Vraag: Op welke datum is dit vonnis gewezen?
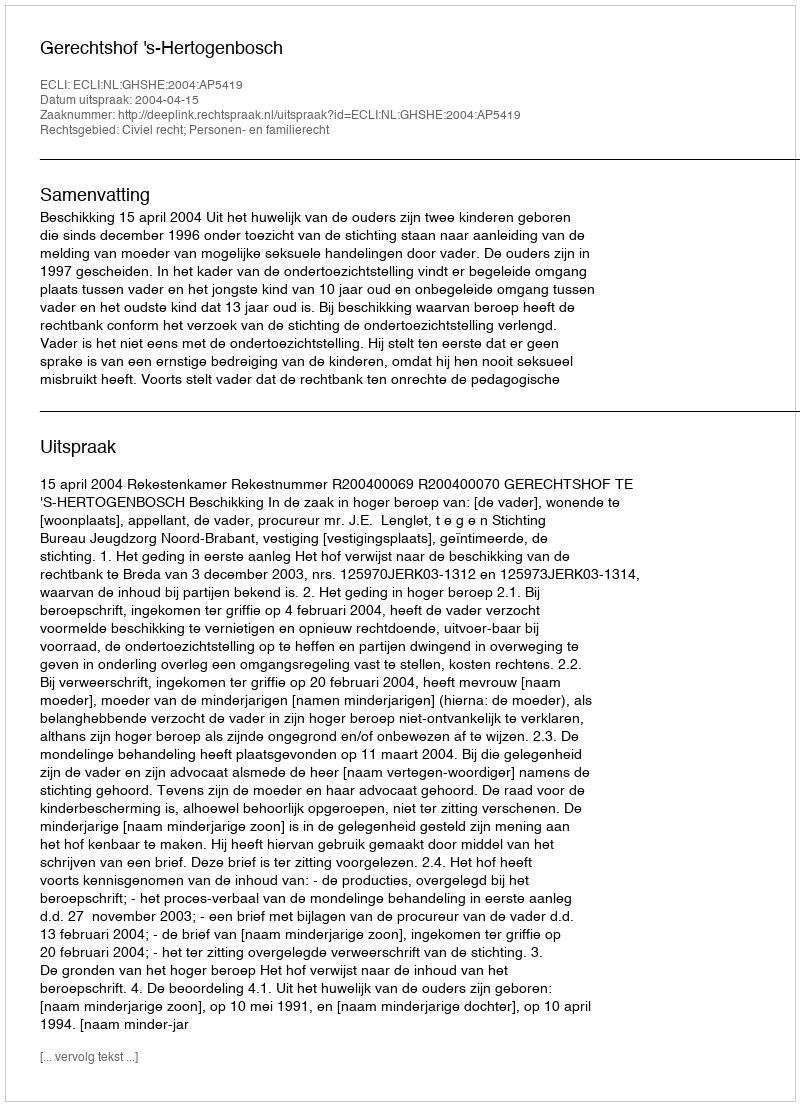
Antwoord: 2004-04-15